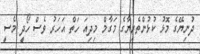
ދުނިޔޭގެ މޮޅު ކުޅުންތެރިޔާގެ މަގާމް މިދިއަ ހަތް އަހަރު ވެސް ހޯދީ މެސީ